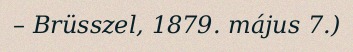
– Brüsszel, 1879. május 7.)